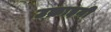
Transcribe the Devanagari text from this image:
उक्राइनी